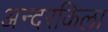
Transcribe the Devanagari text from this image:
अन्दरकिला